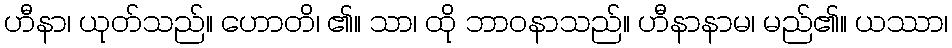
ဟီနာ၊ ယုတ်သည်။ ဟောတိ၊ ၏။ သာ၊ ထို ဘာဝနာသည်။ ဟီနာနာမ၊ မည်၏။ ယဿာ၊